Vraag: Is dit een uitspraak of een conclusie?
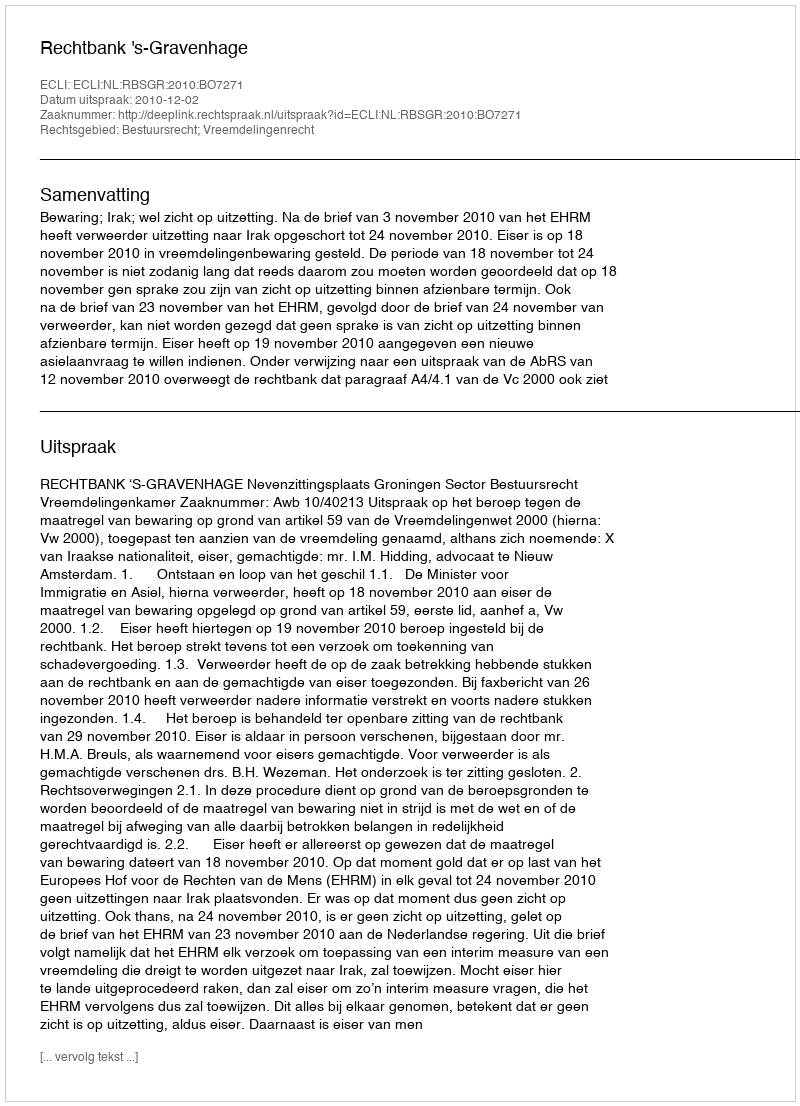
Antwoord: Uitspraak